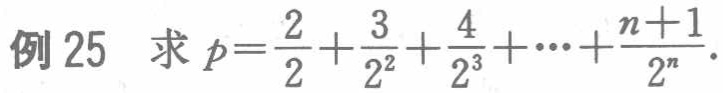
例 25 求 \(p = \frac{2}{2}+\frac{3}{2^{2}}+\frac{4}{2^{3}}+\cdots+\frac{n + 1}{2^{n}}\)。